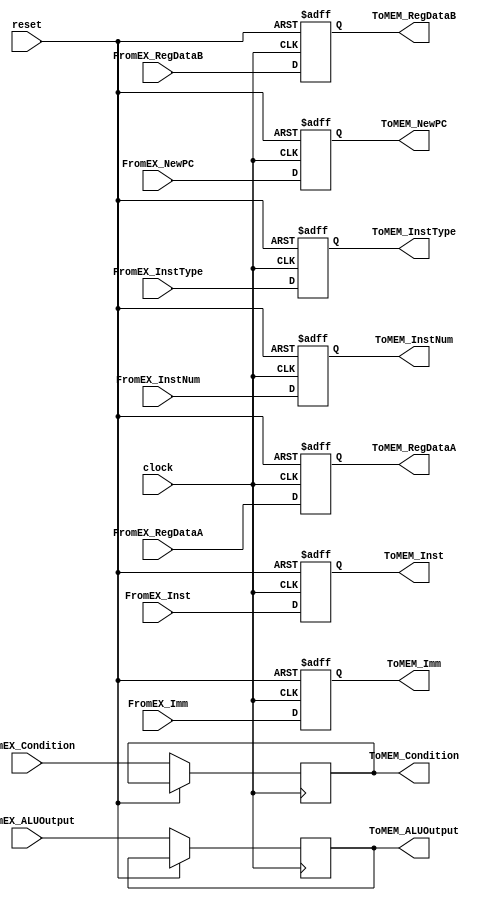
`timescale 1ns / 1ps
//////////////////////////////////////////////////////////////////////////////////
// Company:        Team.TeaWhen
// 
// Design Name: 
// Module Name:    PipelineReg_EXMEM 
// Project Name:   Five Stage Pipeline CPU
// Target Devices: Spartan3E Starter Kit
// Tool versions:  Xilinx ISE 14.1
// Description:    I love @Lilian_Ye
//
// Dependencies: 
//
// Revision: 
// Revision 0.01 - File Created
// Additional Comments: 
//
//////////////////////////////////////////////////////////////////////////////////
module PipelineReg_EXMEM(
    input wire clock,
    input wire reset,
    
    input wire [31:0] FromEX_Inst,
    input wire [31:0] FromEX_NewPC,
    input wire [31:0] FromEX_RegDataA,
    input wire [31:0] FromEX_RegDataB,
    input wire [31:0] FromEX_Imm,
    input wire [31:0] FromEX_ALUOutput,
    input wire FromEX_Condition,
    input wire [3:0] FromEX_InstNum,
    input wire [3:0] FromEX_InstType,
    
    output reg [31:0] ToMEM_Inst,
    output reg [31:0] ToMEM_NewPC,
    output reg [31:0] ToMEM_RegDataA,
    output reg [31:0] ToMEM_RegDataB,
    output reg [31:0] ToMEM_Imm,
    output reg [31:0] ToMEM_ALUOutput,
    output reg ToMEM_Condition,
    output reg [3:0] ToMEM_InstNum,
    output reg [3:0] ToMEM_InstType
    );
    
    always @ (posedge clock or posedge reset) begin
        if (reset == 1) begin
            ToMEM_Inst <= 32'b0;
            ToMEM_NewPC <= 32'b0;
            ToMEM_RegDataA <= 32'b0;
            ToMEM_RegDataB <= 32'b0;
            ToMEM_Imm <= 32'b0;
            ToMEM_InstNum <= 4'b0;
            ToMEM_InstType <= 4'b0;
        end
        else begin
            ToMEM_Inst <= FromEX_Inst;
            ToMEM_NewPC <= FromEX_NewPC;
            ToMEM_RegDataA <= FromEX_RegDataA;
            ToMEM_RegDataB <= FromEX_RegDataB;
            ToMEM_Imm <= FromEX_Imm;
            ToMEM_ALUOutput <= FromEX_ALUOutput;
            ToMEM_Condition <= FromEX_Condition;
            ToMEM_InstNum <= FromEX_InstNum;
            ToMEM_InstType <= FromEX_InstType;
        end
    end

endmodule